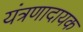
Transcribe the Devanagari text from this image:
यंत्रणादायक